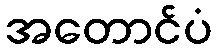
အတောင်ပံ